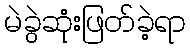
မဲခွဲဆုံးဖြတ်ခဲ့ရာ